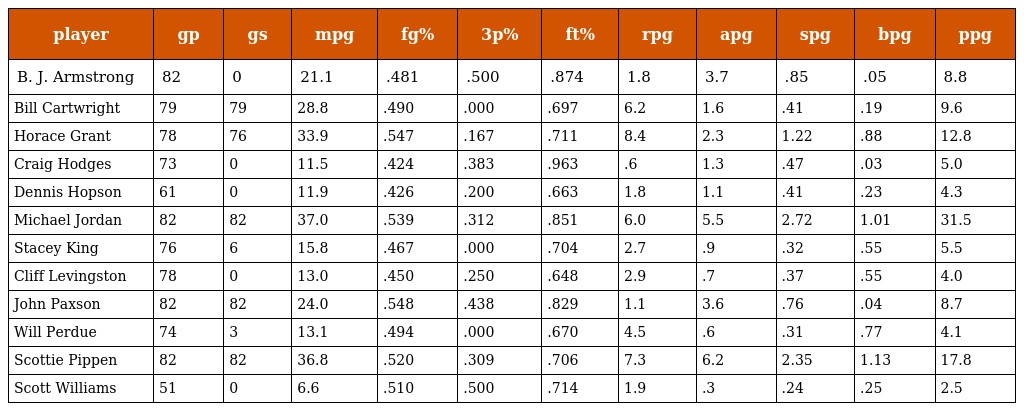
| player | gp | gs | mpg | fg% | 3p% | ft% | rpg | apg | spg | bpg | ppg |
 | --- | --- | --- | --- | --- | --- | --- | --- | --- | --- | --- | --- |
 | B. J. Armstrong | 82 | 0 | 21.1 | .481 | .500 | .874 | 1.8 | 3.7 | .85 | .05 | 8.8 |
 | Bill Cartwright | 79 | 79 | 28.8 | .490 | .000 | .697 | 6.2 | 1.6 | .41 | .19 | 9.6 |
 | Horace Grant | 78 | 76 | 33.9 | .547 | .167 | .711 | 8.4 | 2.3 | 1.22 | .88 | 12.8 |
 | Craig Hodges | 73 | 0 | 11.5 | .424 | .383 | .963 | .6 | 1.3 | .47 | .03 | 5.0 |
 | Dennis Hopson | 61 | 0 | 11.9 | .426 | .200 | .663 | 1.8 | 1.1 | .41 | .23 | 4.3 |
 | Michael Jordan | 82 | 82 | 37.0 | .539 | .312 | .851 | 6.0 | 5.5 | 2.72 | 1.01 | 31.5 |
 | Stacey King | 76 | 6 | 15.8 | .467 | .000 | .704 | 2.7 | .9 | .32 | .55 | 5.5 |
 | Cliff Levingston | 78 | 0 | 13.0 | .450 | .250 | .648 | 2.9 | .7 | .37 | .55 | 4.0 |
 | John Paxson | 82 | 82 | 24.0 | .548 | .438 | .829 | 1.1 | 3.6 | .76 | .04 | 8.7 |
 | Will Perdue | 74 | 3 | 13.1 | .494 | .000 | .670 | 4.5 | .6 | .31 | .77 | 4.1 |
 | Scottie Pippen | 82 | 82 | 36.8 | .520 | .309 | .706 | 7.3 | 6.2 | 2.35 | 1.13 | 17.8 |
 | Scott Williams | 51 | 0 | 6.6 | .510 | .500 | .714 | 1.9 | .3 | .24 | .25 | 2.5 |